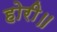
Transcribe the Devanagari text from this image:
होरी॥